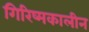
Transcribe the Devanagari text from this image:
गिरिष्मकालीन